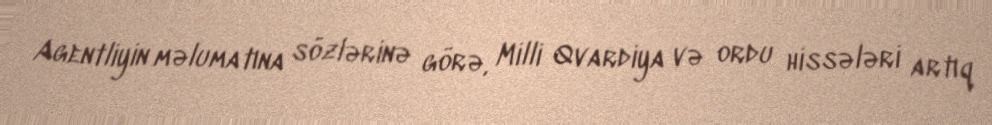
Agentliyin məlumatına sözlərinə görə, Milli Qvardiya və ordu hissələri artıq